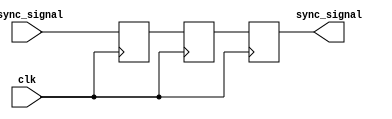
module dual_ff_synchronizer (
    input wire async_signal,  // Input signal from the asynchronous clock domain
    input wire clk,           // Clock signal of the destination clock domain
    output reg sync_signal     // Synchronized output signal
);

    // Internal signals for the flip-flops
    reg Q1;  // Output of the first flip-flop
    reg Q2;  // Output of the second flip-flop

    // First flip-flop - samples async_signal on the rising edge of clk
    always @(posedge clk) begin
        Q1 <= async_signal;  // Capture the async signal
    end

    // Second flip-flop - samples Q1 on the rising edge of clk
    always @(posedge clk) begin
        Q2 <= Q1;            // Capture the output of the first flip-flop
    end

    // Output the final synchronized signal
    always @(posedge clk) begin
        sync_signal <= Q2;   // Output the synchronized signal
    end

endmodule